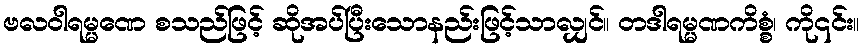
ဗလဝါရမ္မဏေ စသည်ဖြင့် ဆိုအပ်ပြီးသောနည်းဖြင့်သာလျှင်။ တဒါရမ္မဏကိစ္စံ၊ ကို၎င်း။